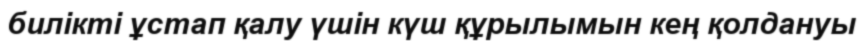
билікті ұстап қалу үшін күш құрылымын кең қолдануы